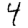
Digit: 4